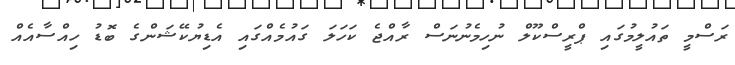
ރަސްމީ ތައުލީމުގައި ޕްރީސްކޫލް ނުހިމެނުނަސް ރާއްޖެ ކަހަލަ ގައުމެއްގައި އެޑިޔުކޭޝަންގެ ބޮޑު ހިއްސާއެއް